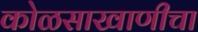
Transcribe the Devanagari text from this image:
कोळसाखाणीचा